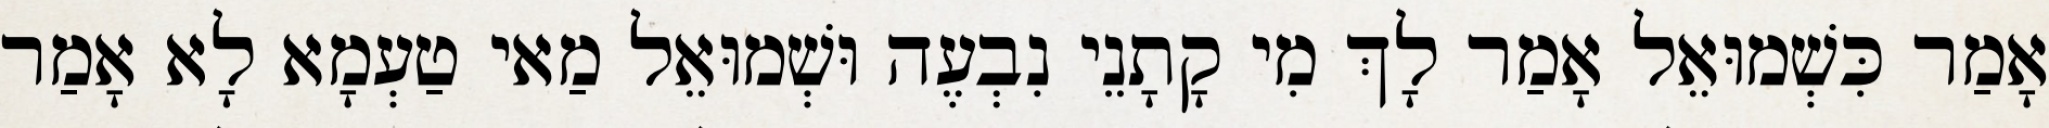
אָמַר כִּשְׁמוּאֵל אָמַר לָךְ מִי קָתָנֵי נִבְעֶה וּשְׁמוּאֵל מַאי טַעְמָא לָא אָמַר